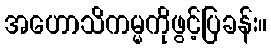
အဟောသိကမ္မကိုဖွင့်ပြခန်း။